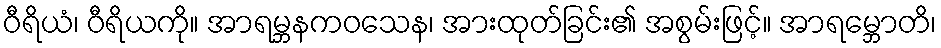
ဝီရိယံ၊ ဝီရိယကို။ အာရမ္ဘနကဝသေန၊ အားထုတ်ခြင်း၏ အစွမ်းဖြင့်။ အာရမ္ဘောတိ၊